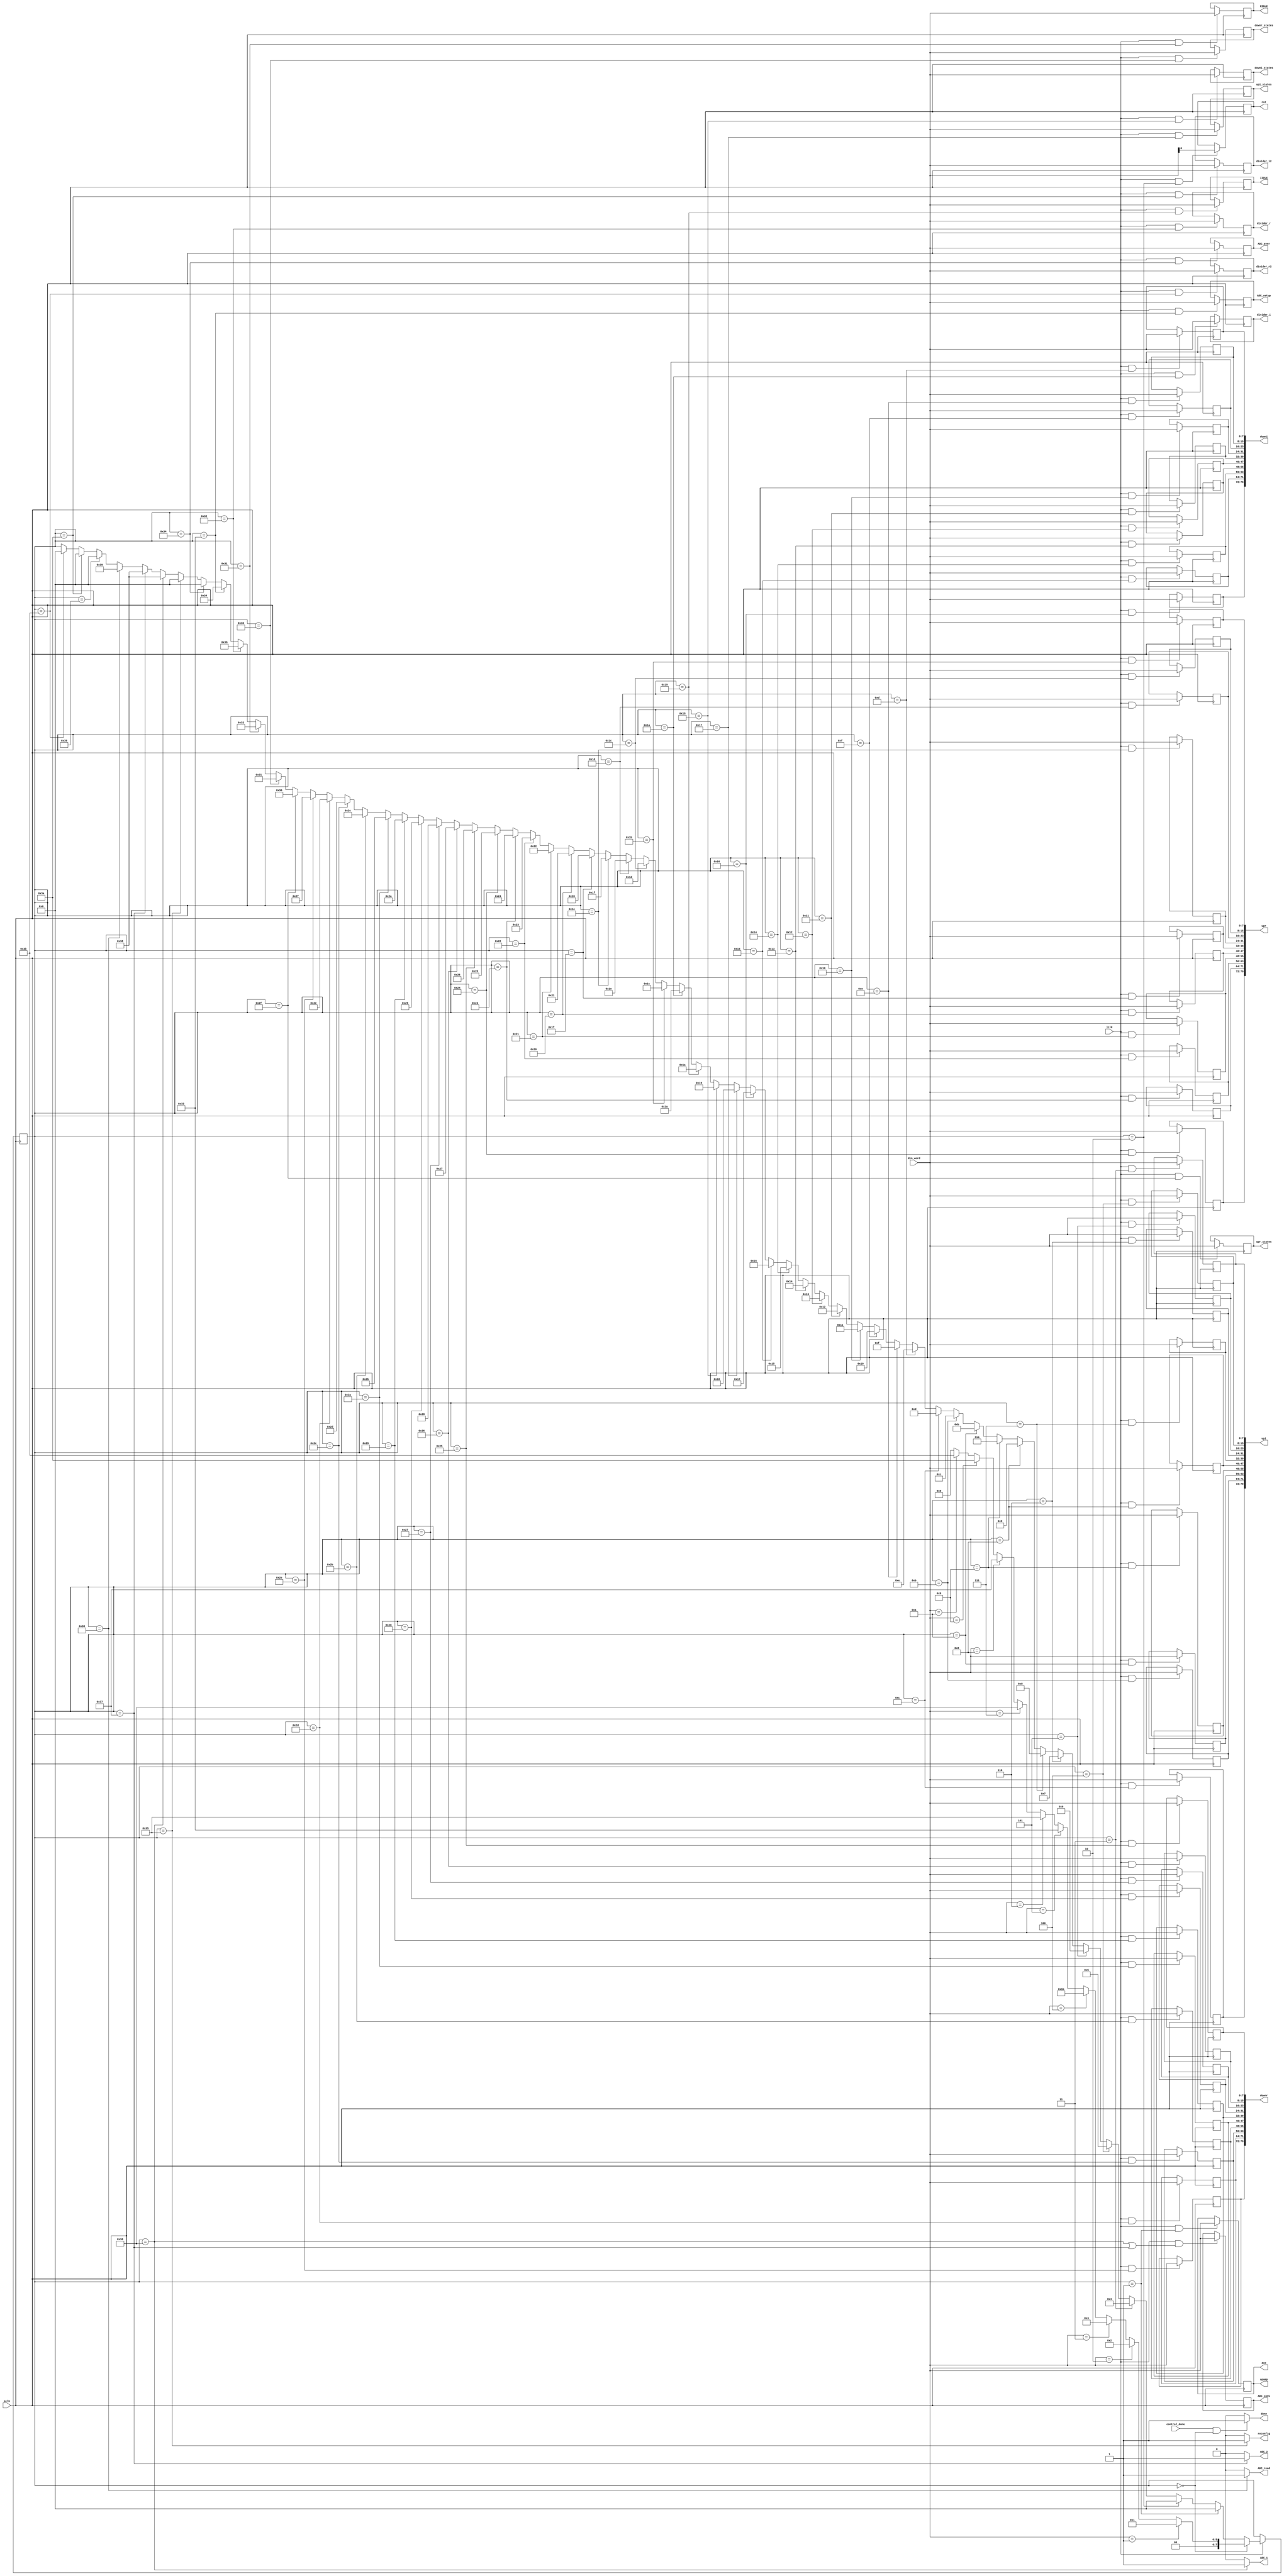
`timescale 1ns / 1ps
//////////////////////////////////////////////////////////////////////////////////
// Company: 
// Engineer: 
// 
// Design Name: 
// Module Name: Config
// Project Name: 
// Target Devices: 
// Tool Versions: 
// Description: 
// 
// Dependencies: 
// 
// Revision:
// Revision 0.01 - File Created
// Additional Comments:
// 
//////////////////////////////////////////////////////////////////////////////////


module Config(
    input sclk,
    input [7:0] din_word,
    input lclk,
    input control_done,
    
    output reg [7:0] opamp,
    output reg rst,
    
    output [79:0] upi,
    output [79:0] downi,
    output reg [7:0] upi_states,
    output reg [7:0] downi_states,
    output reg [7:0] IIDLE,
    output reg [7:0] divider_i,
    output reg [7:0] divider_i2,
            
    output [79:0] upr,
    output [79:0] downr,
    output reg [7:0] upr_states,
    output reg [7:0] downr_states,
    output reg [7:0] RIDLE,
    output reg [7:0] divider_r,
    output reg [7:0] divider_r2,
    
    output reg [7:0] ADC_setup,
    output reg [7:0] ADC_aver,
    output reg [7:0] ADC_conv,
    output ADC_1,
    output ADC_2,
    output ADC_read,
    
    output reconfig,
    
    output done,
    
    output [7:0] aux
    );
    
    //////////////
    // Comentarios
    //////////////
    
    // Los estados en donde "done" puede ser nulo es cuando se reconfigura o cuando 
    
    ////////////////////
    // Wires y Registros
    ////////////////////
    
    wire clk_en;
    
    reg [7:0] state_next;
    
    reg [7:0] state = 8'b0;
    
    ////////////////////
    // Estados Iniciales
    ////////////////////
    
    reg [7:0] upi_1 = 8'd115;
    reg [7:0] upi_2 = 8'd118;
    reg [7:0] upi_3 = 8'd121;
    reg [7:0] upi_4 = 8'd124;
    reg [7:0] upi_5 = 8'd127;
    reg [7:0] upi_6 = 8'd128;
    reg [7:0] upi_7 = 8'd131;
    reg [7:0] upi_8 = 8'd134;
    reg [7:0] upi_9 = 8'd137;
    reg [7:0] upi_10 = 8'd140;
     
    reg [7:0] downi_1 = 8'd140;
    reg [7:0] downi_2 = 8'd137;
    reg [7:0] downi_3 = 8'd134;
    reg [7:0] downi_4 = 8'd131;
    reg [7:0] downi_5 = 8'd128;
    reg [7:0] downi_6 = 8'd127;
    reg [7:0] downi_7 = 8'd124;
    reg [7:0] downi_8 = 8'd121;
    reg [7:0] downi_9 = 8'd118;
    reg [7:0] downi_10 = 8'd115;
     
    reg [7:0] upr_1 = 8'd115;
    reg [7:0] upr_2 = 8'd118;
    reg [7:0] upr_3 = 8'd121;
    reg [7:0] upr_4 = 8'd124;
    reg [7:0] upr_5 = 8'd127;
    reg [7:0] upr_6 = 8'd128;
    reg [7:0] upr_7 = 8'd131;
    reg [7:0] upr_8 = 8'd134;
    reg [7:0] upr_9 = 8'd137;
    reg [7:0] upr_10 = 8'd140;
     
    reg [7:0] downr_1 = 8'd140;
    reg [7:0] downr_2 = 8'd137;
    reg [7:0] downr_3 = 8'd134;
    reg [7:0] downr_4 = 8'd131;
    reg [7:0] downr_5 = 8'd128;
    reg [7:0] downr_6 = 8'd127;
    reg [7:0] downr_7 = 8'd124;
    reg [7:0] downr_8 = 8'd121;
    reg [7:0] downr_9 = 8'd118;
    reg [7:0] downr_10 = 8'd115;
    

    
    initial
    begin
        opamp = 8'b0;
        rst = 1'b0;
                
        upi_states = 8'd10;         // Cantidad Estados de subida Imagen                
        downi_states = 8'd10;       // Cantidad Estados de bajada Imagen
        IIDLE = 8'd0;               // Estado idle Imagen
        divider_i = 8'd10;          // Divisor reloj Imagen
        divider_i2 = 8'd0;
                
        upr_states = 8'd10;         // Registro
        downr_states = 8'd10;
        RIDLE = 8'd0;
        divider_r = 8'd10;
        divider_r2 = 8'd0;
        
        ADC_setup = 8'b01_10_01_00; // Clock mode 10, Ext Reference.
        ADC_aver = 8'b001_111_00;   // 32 conversions and return the average.
        ADC_conv = 8'b0;            // No scan, only N channel. Este es el unico modo admitido. Toda palabra debe ser de la forma 1_xxxx_11_x.
    end
    
    /////////////
    // Simulacion
    /////////////
    
    //assign aux = state;
    assign aux = opamp;
    
    ////////////////////////
    // Always y Asignaciones
    ////////////////////////
    
    assign clk_en = lclk;
    
    assign done = (control_done && (state == 8'b0))?    1'b1 : 1'b0;
   
    assign upi = {upi_10, upi_9, upi_8, upi_7, upi_6, upi_5, upi_4, upi_3, upi_2, upi_1};
    assign downi = {downi_10, downi_9, downi_8, downi_7, downi_6, downi_5, downi_4, downi_3, downi_2, downi_1};
            
    assign upr = {upr_10, upr_9, upr_8, upr_7, upr_6, upr_5, upr_4, upr_3, upr_2, upr_1};
    assign downr = {downr_10, downr_9, downr_8, downr_7, downr_6, downr_5, downr_4, downr_3, downr_2, downr_1};
    
    always @*
    begin
        if(din_word == 8'd1)        state_next = 8'd1;      // Opamp
        else if(din_word == 8'd2)   state_next = 8'd2;      // rst (solo importa el bit menos significativo)
        else if(din_word == 8'd3)   state_next = 8'd3;      // DACI
        else if(din_word == 8'd4)   state_next = 8'd27;     // DACR
        else if(din_word == 8'd5)   state_next = 8'd51;     // ADC Config
        else if(din_word == 8'd6)   state_next = 8'd53;     // Reconfiguracion.
        else if(din_word == 8'd7)   state_next = 8'd54;     // ADC1 Meas
        else if(din_word == 8'd8)   state_next = 8'd55;     // ADC2 Meas
        else if(din_word == 8'd9)   state_next = 8'd58;     // divider_i
        else if(din_word == 8'd10)  state_next = 8'd59;     // divider_r
        
        else                        state_next = 8'b0;
    end
    
    
    
    always @(negedge sclk)
    begin
        if(clk_en)
        begin
            if(state == 8'd0)               state <= state_next;            // IDLE
            
            else if(state == 8'd1)          state <= 8'd0;                  // Opamp
            
            else if(state == 8'd2)          state <= 8'd0;                  // rst

            else if(state == 8'd3)          state <= 8'd4;                  // upi_1
            else if(state == 8'd4)          state <= 8'd5;                  // upi_2
            else if(state == 8'd5)          state <= 8'd6;                  // upi_3
            else if(state == 8'd6)          state <= 8'd7;                  // upi_4
            else if(state == 8'd7)          state <= 8'd8;                  // upi_5
            else if(state == 8'd8)          state <= 8'd9;                  // upi_6
            else if(state == 8'd9)          state <= 8'd10;                 // upi_7
            else if(state == 8'd10)         state <= 8'd11;                 // upi_8
            else if(state == 8'd11)         state <= 8'd12;                 // upi_9
            else if(state == 8'd12)         state <= 8'd13;                 // upi_10
            else if(state == 8'd13)         state <= 8'd14;                 // downi_1
            else if(state == 8'd14)         state <= 8'd15;                 // downi_2
            else if(state == 8'd15)         state <= 8'd16;                 // downi_3
            else if(state == 8'd16)         state <= 8'd17;                 // downi_4
            else if(state == 8'd17)         state <= 8'd18;                 // downi_5
            else if(state == 8'd18)         state <= 8'd19;                 // downi_6
            else if(state == 8'd19)         state <= 8'd20;                 // downi_7
            else if(state == 8'd20)         state <= 8'd21;                 // downi_8
            else if(state == 8'd21)         state <= 8'd22;                 // downi_9
            else if(state == 8'd22)         state <= 8'd23;                 // downi_10
            else if(state == 8'd23)         state <= 8'd24;                 // upi_states
            else if(state == 8'd24)         state <= 8'd25;                 // downi_states
            else if(state == 8'd25)         state <= 8'd26;                 // IIDLE
            else if(state == 8'd26)         state <= 8'd58;                 // divider_i
            
            else if(state == 8'd27)         state <= 8'd28;                 // upr_1
            else if(state == 8'd28)         state <= 8'd29;                 // upr_2
            else if(state == 8'd29)         state <= 8'd30;                 // upr_3
            else if(state == 8'd30)         state <= 8'd31;                 // upr_4
            else if(state == 8'd31)         state <= 8'd32;                 // upr_5
            else if(state == 8'd32)         state <= 8'd33;                 // upr_6
            else if(state == 8'd33)         state <= 8'd34;                 // upr_7
            else if(state == 8'd34)         state <= 8'd35;                 // upr_8
            else if(state == 8'd35)         state <= 8'd36;                 // upr_9
            else if(state == 8'd36)         state <= 8'd37;                 // upr_10
            else if(state == 8'd37)         state <= 8'd38;                 // downr_1
            else if(state == 8'd38)         state <= 8'd39;                 // downr_2
            else if(state == 8'd39)         state <= 8'd40;                 // downr_3
            else if(state == 8'd40)         state <= 8'd41;                 // downr_4
            else if(state == 8'd41)         state <= 8'd42;                 // downr_5
            else if(state == 8'd42)         state <= 8'd43;                 // downr_6
            else if(state == 8'd43)         state <= 8'd44;                 // downr_7
            else if(state == 8'd44)         state <= 8'd45;                 // downr_8
            else if(state == 8'd45)         state <= 8'd46;                 // downr_9
            else if(state == 8'd46)         state <= 8'd47;                 // downr_10
            else if(state == 8'd47)         state <= 8'd48;                 // upr_states
            else if(state == 8'd48)         state <= 8'd49;                 // downr_states
            else if(state == 8'd49)         state <= 8'd50;                 // RIDLE
            else if(state == 8'd50)         state <= 8'd59;                 // divider_r
            
            else if(state == 8'd51)         state <= 8'd52;                 // ADC_setup
            else if(state == 8'd52)         state <= 8'd0;                  // ADC_aver
            
            else if(state == 8'd53)         state <= 8'd0;                  // Reconfig
            
            else if(state == 8'd54)         state <= 8'd56;                 // ADC_1 Conversion Register
            else if(state == 8'd55)         state <= 8'd56;                 // ADC_2 Conversion Register
            else if(state == 8'd56)         state <= 8'd57;                 // ADC Read 1
            else if(state == 8'd57)         state <= 8'd0;                  // ADC Read 2
            
            // Nuevos Estados
            
            else if(state == 8'd58)         state <= 8'd0;                  // divider_i2
            
            else if(state == 8'd59)         state <= 8'd0;                  // divider_r2
  
            else                            state <= state;
        end
        
        else    state <= state;
    end
    
    // Asignaciones
    
    assign reconfig =   (state == 8'd53)?   1'b1    :   1'b0;
    
    assign ADC_1 =      (state == 8'd54)?   1'b1    :   1'b0;
    assign ADC_2 =      (state == 8'd55)?   1'b1    :   1'b0;
    assign ADC_read =   (state == 8'd56)?   1'b1    :   1'b0;
    
    always @(negedge sclk)
    begin
        opamp <=        (clk_en && (state == 8'd1))?   din_word     :   opamp;
        
        rst <=          (clk_en && (state == 8'd2))?  din_word[0]   :   rst;
        
        upi_1 <=        (clk_en && (state == 8'd3))?   din_word     :   upi_1;
        upi_2 <=        (clk_en && (state == 8'd4))?   din_word     :   upi_2;
        upi_3 <=        (clk_en && (state == 8'd5))?  din_word      :   upi_3;
        upi_4 <=        (clk_en && (state == 8'd6))?  din_word      :   upi_4;
        upi_5 <=        (clk_en && (state == 8'd7))?  din_word      :   upi_5;
        upi_6 <=        (clk_en && (state == 8'd8))?  din_word      :   upi_6;
        upi_7 <=        (clk_en && (state == 8'd9))?  din_word      :   upi_7;
        upi_8 <=        (clk_en && (state == 8'd10))?  din_word     :   upi_8;
        upi_9 <=        (clk_en && (state == 8'd11))?  din_word     :   upi_9;
        upi_10 <=       (clk_en && (state == 8'd12))?  din_word     :   upi_10;
        downi_1 <=      (clk_en && (state == 8'd13))?  din_word     :   downi_1;
        downi_2 <=      (clk_en && (state == 8'd14))?  din_word     :   downi_2;
        downi_3 <=      (clk_en && (state == 8'd15))?  din_word     :   downi_3;
        downi_4 <=      (clk_en && (state == 8'd16))?  din_word     :   downi_4;
        downi_5 <=      (clk_en && (state == 8'd17))?  din_word     :   downi_5;
        downi_6 <=      (clk_en && (state == 8'd18))?  din_word     :   downi_6;
        downi_7 <=      (clk_en && (state == 8'd19))?  din_word     :   downi_7;
        downi_8 <=      (clk_en && (state == 8'd20))?  din_word     :   downi_8;
        downi_9 <=      (clk_en && (state == 8'd21))?  din_word     :   downi_9;
        downi_10 <=     (clk_en && (state == 8'd22))?  din_word     :   downi_10;
        upi_states  <=  (clk_en && (state == 8'd23))?  din_word     :   upi_states;
        downi_states <= (clk_en && (state == 8'd24))?  din_word     :   downi_states;
        IIDLE <=        (clk_en && (state == 8'd25))?  din_word     :   IIDLE;
        divider_i <=    (clk_en && (state == 8'd26))?  din_word     :   divider_i;
        divider_i2 <=   (clk_en && (state == 8'd58))?  din_word     :   divider_i2;
        
        upr_1 <=        (clk_en && (state == 8'd27))?  din_word     :   upr_1;
        upr_2 <=        (clk_en && (state == 8'd28))?  din_word     :   upr_2;
        upr_3 <=        (clk_en && (state == 8'd29))?  din_word     :   upr_3;
        upr_4 <=        (clk_en && (state == 8'd30))?  din_word     :   upr_4;
        upr_5 <=        (clk_en && (state == 8'd31))?  din_word     :   upr_5;
        upr_6 <=        (clk_en && (state == 8'd32))?  din_word     :   upr_6;
        upr_7 <=        (clk_en && (state == 8'd33))?  din_word     :   upr_7;
        upr_8 <=        (clk_en && (state == 8'd34))?  din_word     :   upr_8;
        upr_9 <=        (clk_en && (state == 8'd35))?  din_word     :   upr_9;
        upr_10 <=       (clk_en && (state == 8'd36))?  din_word     :   upr_10;
        downr_1 <=      (clk_en && (state == 8'd37))?  din_word     :   downr_1;
        downr_2 <=      (clk_en && (state == 8'd38))?  din_word     :   downr_2;
        downr_3 <=      (clk_en && (state == 8'd39))?  din_word     :   downr_3;
        downr_4 <=      (clk_en && (state == 8'd40))?  din_word     :   downr_4;
        downr_5 <=      (clk_en && (state == 8'd41))?  din_word     :   downr_5;
        downr_6 <=      (clk_en && (state == 8'd42))?  din_word     :   downr_6;
        downr_7 <=      (clk_en && (state == 8'd43))?  din_word     :   downr_7;
        downr_8 <=      (clk_en && (state == 8'd44))?  din_word     :   downr_8;
        downr_9 <=      (clk_en && (state == 8'd45))?  din_word     :   downr_9;
        downr_10 <=     (clk_en && (state == 8'd46))?  din_word     :   downr_10;
        upr_states  <=  (clk_en && (state == 8'd47))?  din_word     :   upr_states;
        downr_states <= (clk_en && (state == 8'd48))?  din_word     :   downr_states;
        RIDLE <=        (clk_en && (state == 8'd49))?  din_word     :   RIDLE;
        divider_r <=    (clk_en && (state == 8'd50))?  din_word     :   divider_r;
        divider_r2 <=   (clk_en && (state == 8'd59))?  din_word     :   divider_r2;
        
        ADC_setup <=    (clk_en && (state == 8'd51))?  din_word     :   ADC_setup;
        ADC_aver <=     (clk_en && (state == 8'd52))?  din_word     :   ADC_aver;
        
        ADC_conv <=     (clk_en && ((state == 8'd54) || (state == 8'd55)))?  din_word     :   ADC_conv; 
    end

    
endmodule